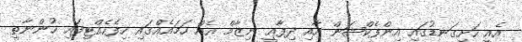
އެއީ ހަށިގަނޑުގައި އިންފެކްޝަން އާއި ދިފާޢީ ނިޒާމް އެއް ހަމައެއްގައި ހިފެހެއްޓިފައި ހުންނާތީ